Vaccination North-Western Provinces 1866-1877 - 1866-1877
Year: 1866
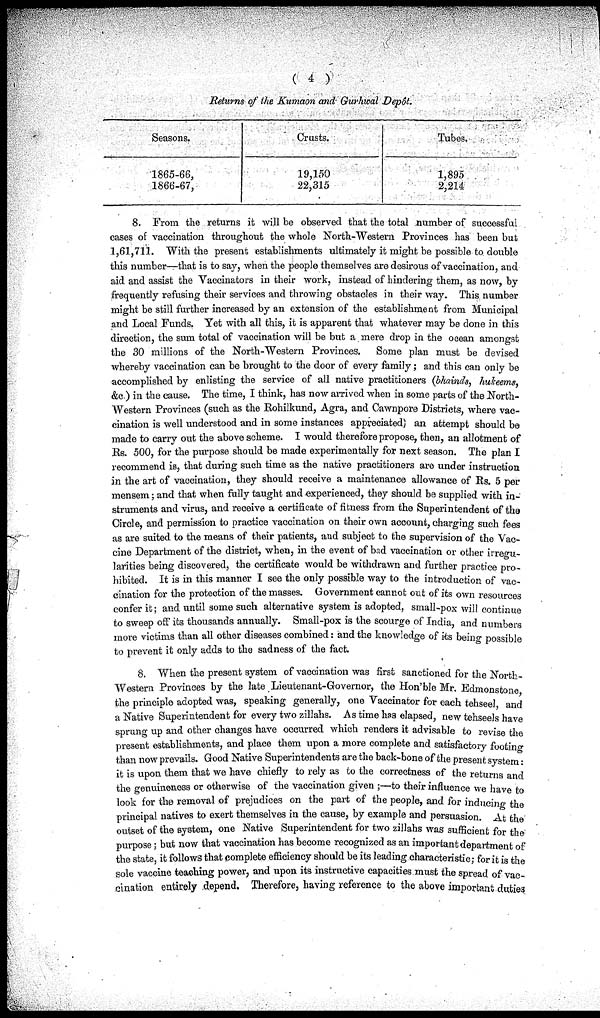
( 4 )
Returns of the Kumaon and Gurhwal Depot.
Seasons.
1865-66,
1866-67,
Crusts.
19,150
22,315
Tubes.
1,895
2,214
8. From the returns it will be observed that the total number of successful
cases of vaccination throughout the whole North-Western Provinces has been but
1,61,711. With the present establishments ultimately it might be possible to double
this number—that is to say, when the people themselves are desirous of vaccination, and
aid and assist the Vaccinators in their work, instead of hindering them, as now, by
frequently refusing their services and throwing obstacles in their way. This number
might be still further increased by an extension of the establishment from Municipal
and Local Funds. Yet with all this, it is apparent that whatever may be done in this
direction, the sum total of vaccination will be but a mere drop in the ocean amongst
the 30 millions of the North-Western Provinces. Some plan must be devised
whereby vaccination can be brought to the door of every family; and this can only be
accomplished by enlisting the service of all native practitioners (bhainds, hukeems,
&c.) in the cause. The time, I think, has now arrived when in some parts of the North-
Western Provinces (such as the Rohilkund, Agra, and Cawnpore Districts, where vac-
cination is well understood and in some instances appreciated) an attempt should be
made to carry out the above scheme. I would therefore propose, then, an allotment of
Rs. 500, for the purpose should be made experimentally for next season. The plan I
recommend is, that during such time as the native practitioners are under instruction
in the art of vaccination, they should receive a maintenance allowance of Rs. 5 per
mensem; and that when fully taught and experienced, they should be supplied with in-
struments and virus, and receive a certificate of fitness from the Superintendent of the
Circle, and permission to practice vaccination on their own account, charging such fees
as are suited to the means of their patients, and subject to the supervision of the Vac-
cine Department of the district, when, in the event of bad vaccination or other irregu-
larities being discovered, the certificate would be withdrawn and further practice pro-
hibited. It is in this manner I see the only possible way to the introduction of vac-
cination for the protection of the masses. Government cannot out of its own resources
confer it; and until some such alternative system is adopted, small-pox will continue
to sweep off its thousands annually. Small -pox is the scourge of India, and numbers
more victims than all other diseases combined: and the knowledge of its being possible
to prevent it only adds to the sadness of the fact.
8. When the present system of vaccination was first sanctioned for the North-
western Provinces by the late Lieutenant-Governor, the Hon'ble Mr, Edmonstone,
the principle adopted was, speaking generally, one Vaccinator for each tehseel, and
a Native Superintendent for every two zillahs. As time has elapsed, new tehseels have
sprung up and other changes have occurred which renders it advisable to revise the
present establishments, and place them upon a more complete and satisfactory footing
than now prevails. Good Native Superintendents are the back-bone of the present system :
it is upon them that we have chiefly to rely as to the correctness of the returns and
the genuineness or otherwise of the vaccination given ;—to their influence we have to
look for the removal of prejudices on the part of the people, and for inducing the
principal natives to exert themselves in the cause, by example and persuasion. At the
outset of the system, one Native Superintendent for two zillahs was sufficient for the
purpose; but now that vaccination has become recognized as an important department of
the state, it follows that complete efficiency should be its leading characteristic; for it is the
sole vaccine teaching power, and upon its instructive capacities must the spread of vac-
cination entirely depend. Therefore, having reference to the above important duties